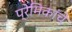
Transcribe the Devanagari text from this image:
प्रेमिकांचे